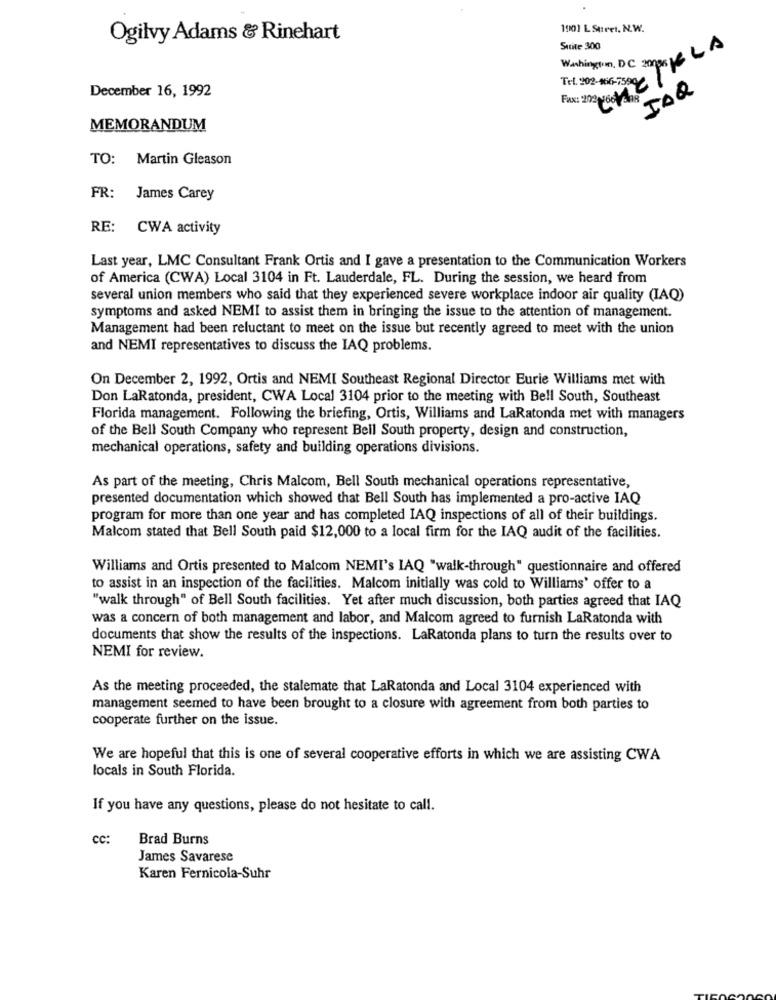
1901 L SttreI. N.W.
Ogilvy Adams & Rinehart
Suite 300
Fax: 27 60 ZKLA
Washington, DC zones
Tel. 202-166-7590
December 16, 1992
IOQ
MEMORANDUM
TO: Martin Gleason
FR:
James Carey
RE: CWA activity
Last year, LMC Consultant Frank Ortis and I gave a presentation to the Communication Workers
of America (CWA) Local 3104 in Ft. Lauderdale, FL. During the session, we heard from
several union members who said that they experienced severe workplace indoor air quality (IAQ)
symptoms and asked NEMI to assist them in bringing the issue to the attention of management.
Management had been reluctant to meet on the issue but recently agreed to meet with the union
and NEMI representatives to discuss the IAQ problems.
On December 2, 1992, Ortis and NEMI Southeast Regional Director Eurie Williams met with
Don LaRatonda, president, CWA Local 3104 prior to the meeting with Bell South, Southeast
Florida management. Following the briefing, Ortis, Williams and LaRatonda met with managers
of the Bell South Company who represent Bell South property, design and construction,
mechanical operations, safety and building operations divisions.
As part of the meeting, Chris Malcom, Bell South mechanical operations representative,
presented documentation which showed that Bell South has implemented a pro-active IAQ
program for more than one year and has completed IAQ inspections of all of their buildings.
Malcom stated that Bell South paid $12,000 to a local firm for the IAQ audit of the facilities.
Williams and Ortis presented to Malcom NEMI's IAQ "walk-through" questionnaire and offered
to assist in an inspection of the facilities. Malcom initially was cold to Williams' offer to a
"walk through" of Bell South facilities. Yet after much discussion, both parties agreed that IAQ
was a concern of both management and labor, and Malcom agreed to furnish LaRatonda with
documents that show the results of the inspections. LaRatonda plans to turn the results over to
NEMI for review.
As the meeting proceeded, the stalemate that LaRatonda and Local 3104 experienced with
management seemed to have been brought to a closure with agreement from both parties to
cooperate further on the issue.
We are hopeful that this is one of several cooperative efforts in which we are assisting CWA
locals in South Florida.
If you have any questions, please do not hesitate to call.
cc:
Brad Burns
James Savarese
Karen Fernicola-Suhr